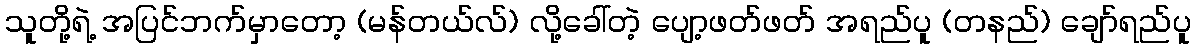
သူတို့ရဲ့ အပြင်ဘက်မှာတော့ (မန်တယ်လ်) လို့ခေါ်တဲ့ ပျော့ဖတ်ဖတ် အရည်ပူ (တနည်) ချော်ရည်ပူ